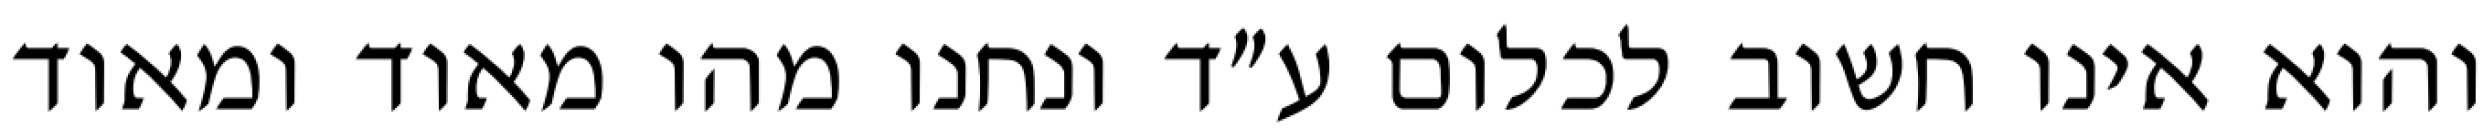
והוא אינו חשוב לכלום ע״ד ונחנו מהו מאוד ומאוד